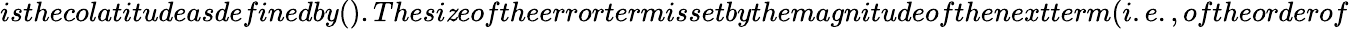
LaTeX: isthecolatitudeasdefinedby().Thesi\mathit{z}eoftheerrortermissetbythemagnitudeofthenextterm(i.e.,oftheorderof